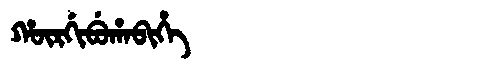
Manchu: ᡥᡡᡵᡤᡳᠪᡠᡥᠠᠪᡳᡥᡝ
Romanization: HŪRGIBUHABIHE